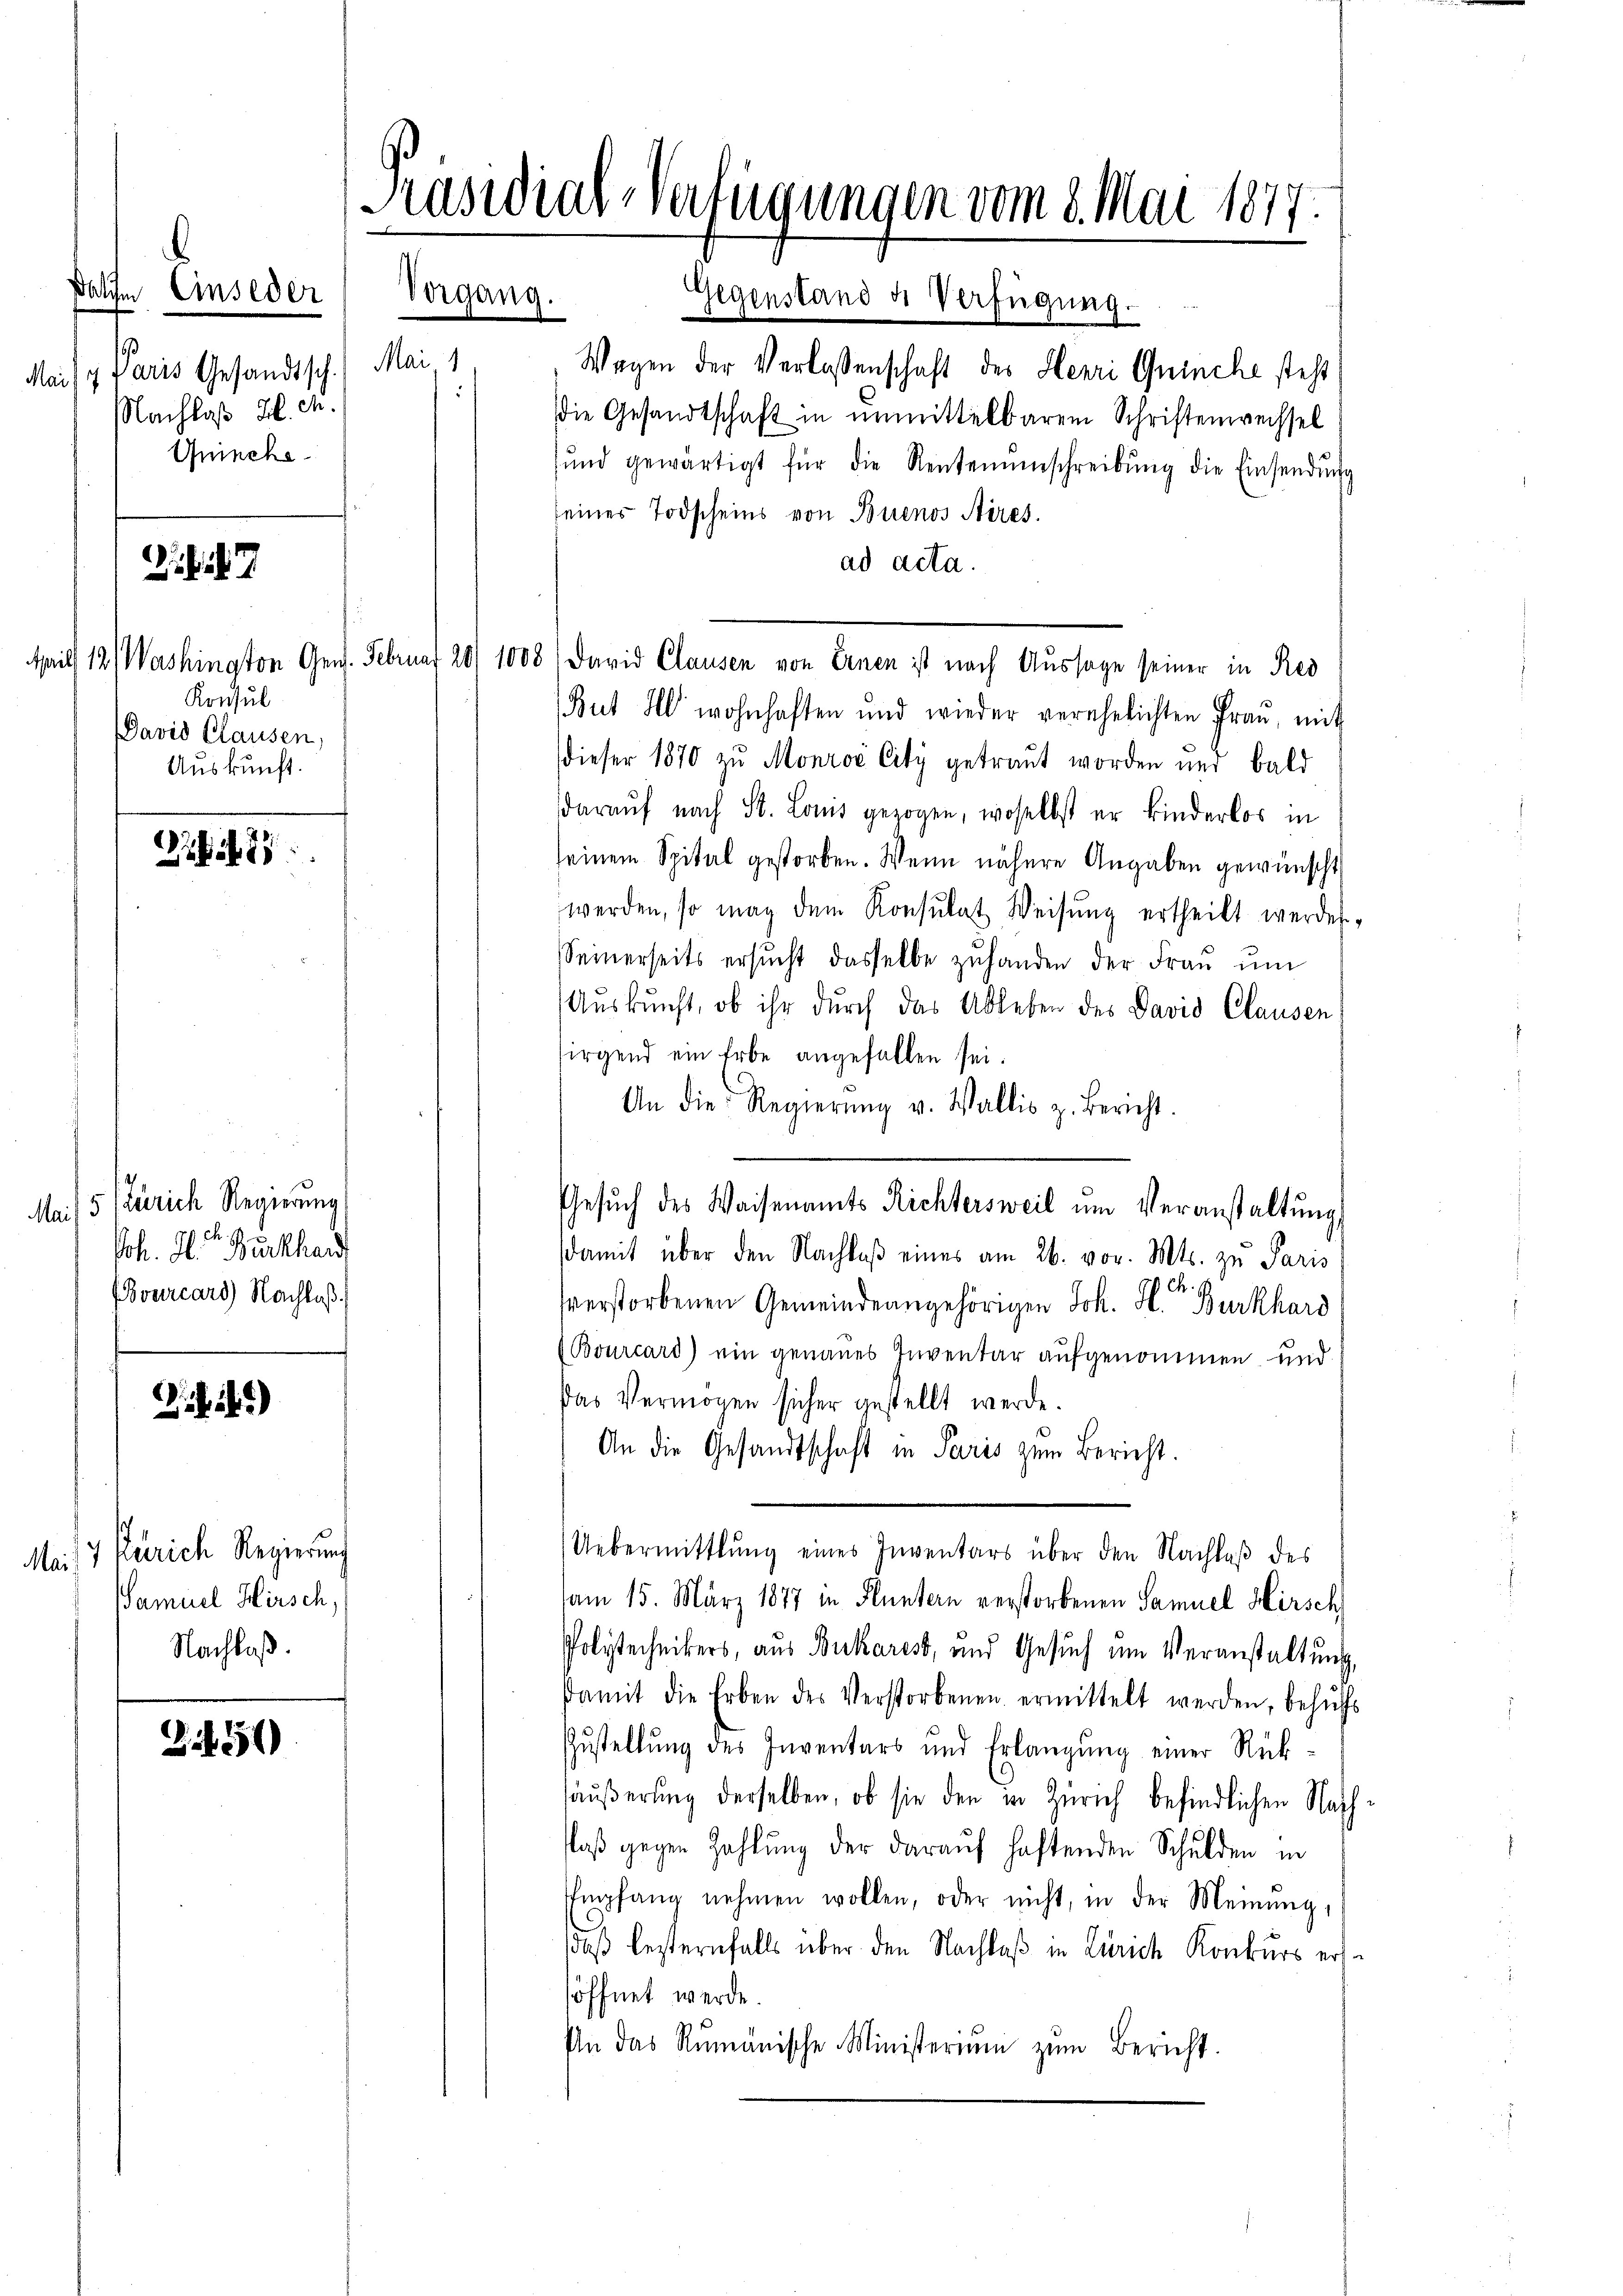
.
Pati
Einseder
Mai 1
Paris Gesandtsch.
Maif
.
hlaß Zl. M.
Juincke

Zihil 7.

it 1811
Konsul
David Clausen,
Auskunft

48

i
and
rc

e

u
Hirsc
me
Nachlas

25

Präsidial-Verfügungen vom 8. Mai 1877.

Vorgang. Gegenstand u Verfügŭng.
Wagen der Verlassenschaft des Henri Quinche steht
die Gesandtschaft in unmittelbarem Schriftenwechsel
ŭnd gewärtigt für die Rentenŭmschreibŭng die Einsendŭng
seiner Todscheins von Buenos Aires.
ad acta.
Vashington Gen. Februar 20/ 1008) David Clausen von Ernen ist nach Aussage seiner in Red
But Ill wohnhaften und wieder verehelichten Frau, mit
dieser 1870 zu Monroć City getraut worden und bald
daraŭf nach St. Louis gezogen, woselbst er kinderlos in
seinem Spital gestorben. Wenn nähere Angaben gewünscht
werden, so mag dem Konsulat Weisung ertheilt werden,
Seinerseits ersucht dasselbe zuhanden der Frau um
Auskunft, ob ihr durch das Ableben des David Clausen
irgend ein Erbe angefallen sei.
An die Regierŭng v. Wallis z. Bericht.
Gesŭch des Waisenamts Richtersweil um Veranstaltung
damit über den Nachlaβ eines am 26. vor. Mts. zu Paris
verstorbenen Gemeindeangehörigen Joh. H. Burkhard
Bourcard) ein genaues Inventar aufgenommen und
Das Vermögen sicher gestellt werde.
An die Gesandtschaft in Paris zum Bericht.
Uebermittlung eines Inventars über den Nachlaß des
am 15. März 1877 in Fluntern verstorbenen Samuel Hirsch
Polytechnikers, aus Bukarist, und Gesuch um Veranstaltung,
damit die Erben des Verstorbenen ermittelt werden, behŭfs
Zustellung des Inventars und Erlangŭng einer Rück-
säußerung derselben, ob sie den in Zürich befindlichen Nach
Plaß gegen Zahlung der darauf haftenden Schulden in
Empfang nehmen wollen, oder nicht, in der Meinung,
daß besternfalls über den Nachlaß in Zürich Konkurs ershöffnet werde.
In das Rumänische Ministeriŭm zŭm Bericht.